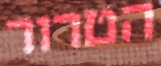
הטרור